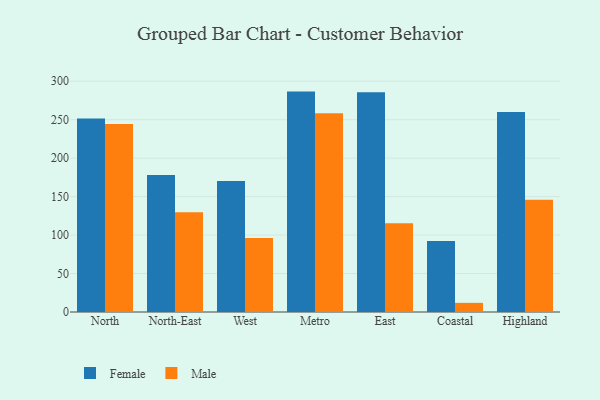
{"axis": {"x": "Region", "y": "Headcount"}, "legend": ["Female", "Male"], "data": [{"x": "North", "y": 251.5, "type": "Female"}, {"x": "North", "y": 244.3, "type": "Male"}, {"x": "North-East", "y": 178.2, "type": "Female"}, {"x": "North-East", "y": 129.8, "type": "Male"}, {"x": "West", "y": 170.3, "type": "Female"}, {"x": "West", "y": 96.3, "type": "Male"}, {"x": "Metro", "y": 286.5, "type": "Female"}, {"x": "Metro", "y": 258.3, "type": "Male"}, {"x": "East", "y": 285.5, "type": "Female"}, {"x": "East", "y": 115.3, "type": "Male"}, {"x": "Coastal", "y": 92.2, "type": "Female"}, {"x": "Coastal", "y": 11.9, "type": "Male"}, {"x": "Highland", "y": 260.1, "type": "Female"}, {"x": "Highland", "y": 146.0, "type": "Male"}]}